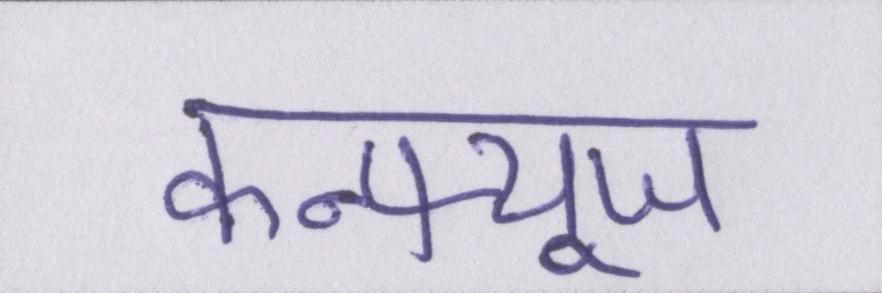
कन्फ्यूज